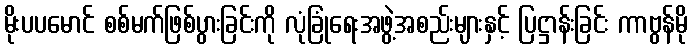
မိုးပပမောင် စစ်မက်ဖြစ်ပွားခြင်းကို လုံခြုံရေးအဖွဲ့အစည်းများနှင့် ပြဋ္ဌာန်းခြင်း ကာဗွန်မို